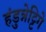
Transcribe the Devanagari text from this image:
हंडुन्नेट्टिगे